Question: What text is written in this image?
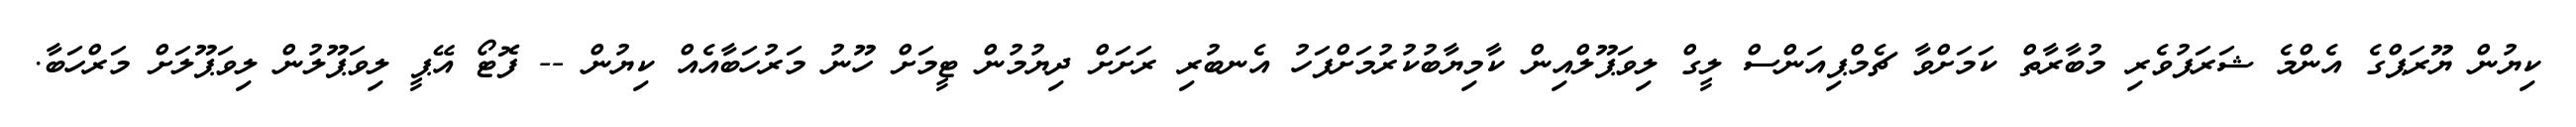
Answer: ކިޔުން ޔޫރަޕްގެ އެންމެ ޝަރަފުވެރި މުބާރާތް ކަމަށްވާ ޗެމްޕިއަންސް ލީގް ލިވަޕޫލްއިން ކާމިޔާބުކުރުމަށްފަހު އެނބުރި ރަށަށް ދިޔުމުން ޓީމަށް ހޫނު މަރުހަބާއެއް ކިޔުން -- ފޮޓޯ އޭޕީ ލިވަޕޫލުން ލިވަޕޫލަށް މަރްހަބާ.